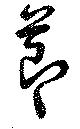
節